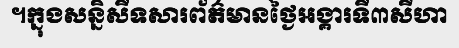
។ក្នុងសន្និសីទសារព័ត៌មានថ្ងៃអង្គារទី៣សីហា